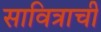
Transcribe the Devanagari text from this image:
सावित्राची